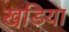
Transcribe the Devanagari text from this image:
खडि़या